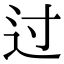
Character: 过